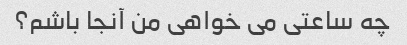
چه ساعتی می خواهی من آنجا باشم؟